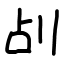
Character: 㓠